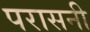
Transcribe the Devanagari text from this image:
परासनी